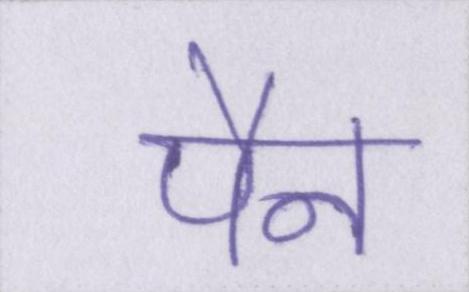
पैन